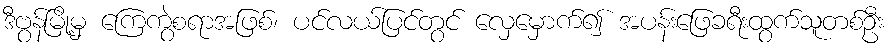
ဒီဗွန်မြို့မှ ကြေကွဲစရာအဖြစ်၊ ပင်လယ်ပြင်တွင် လှေမှောက်၍ အပန်းဖြေခရီးထွက်သူတစ်ဦး